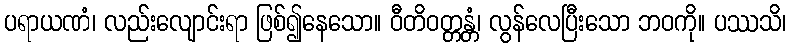
ပရာယဏံ၊ လည်းလျောင်းရာ ဖြစ်၍နေသော။ ဝီတိဝတ္တန္တံ၊ လွန်လေပြီးသော ဘဝကို။ ပဿသိ၊